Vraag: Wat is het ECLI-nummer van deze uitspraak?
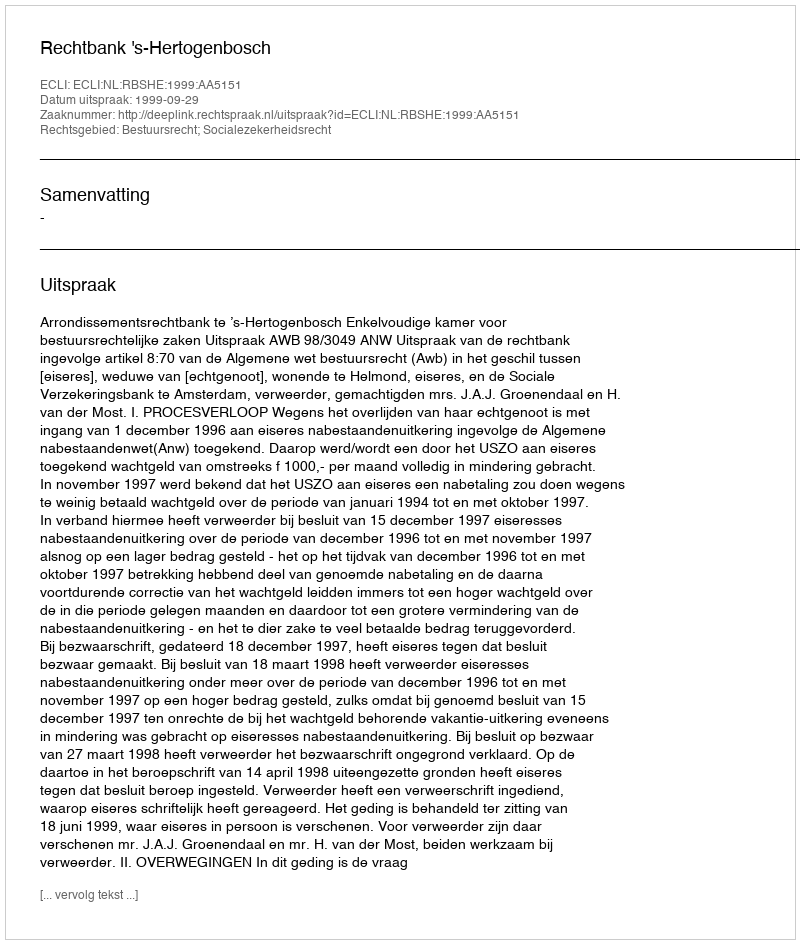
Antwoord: ECLI:NL:RBSHE:1999:AA5151